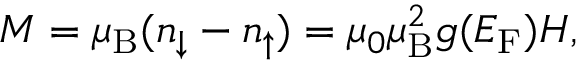
M = \mu _ { \mathrm { B } } ( n _ { \downarrow } - n _ { \uparrow } ) = \mu _ { 0 } \mu _ { \mathrm { B } } ^ { 2 } g ( E _ { \mathrm { F } } ) H ,